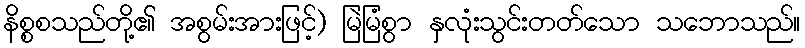
နိစ္စစသည်တို့၏ အစွမ်းအားဖြင့်) မြဲမြံစွာ နှလုံးသွင်းတတ်သော သဘောသည်။